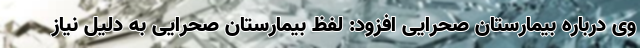
وی درباره بیمارستان صحرایی افزود: لفظ بیمارستان صحرایی به دلیل نیاز